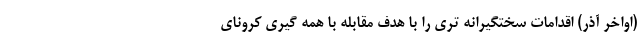
(اواخر آذر) اقدامات سختگیرانه تری را با هدف مقابله با همه گیری کرونای